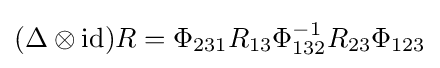
(\Delta \otimes \operatorname {id} )R=\Phi _{231}R_{13}\Phi _{132}^{-1}R_{23}\Phi _{123}